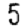
Digit: 5